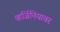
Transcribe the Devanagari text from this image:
व्हर्जिनियावर